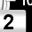
Digit: 2